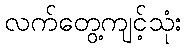
လက်တွေ့ကျင့်သုံး